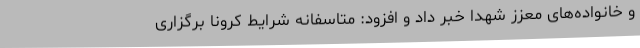
و خانواده‌های معزز شهدا خبر داد و افزود: متاسفانه شرایط کرونا برگزاری